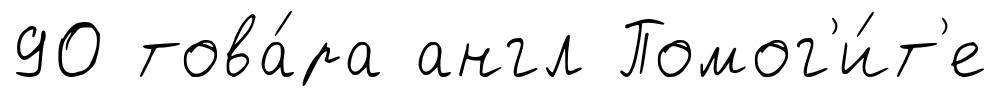
90 това́ра англ Помог'и́т'е